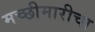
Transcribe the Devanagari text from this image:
मच्छीमारीचा